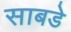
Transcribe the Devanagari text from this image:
साबडे